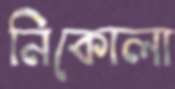
নিকোলা